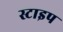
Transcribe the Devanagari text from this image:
स्टाइप